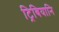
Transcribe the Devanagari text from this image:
ट्रिबियानि